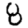
Digit: 8